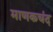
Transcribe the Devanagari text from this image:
माणकचंद